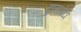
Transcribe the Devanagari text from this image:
ट्रांसमेटा